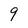
Character: 9